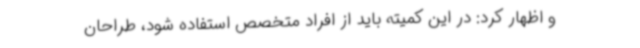
و اظهار کرد: در این کمیته باید از افراد متخصص استفاده شود، طراحان